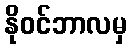
နိုဝင်ဘာလမှ